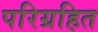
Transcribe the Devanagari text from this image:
परिग्रहित